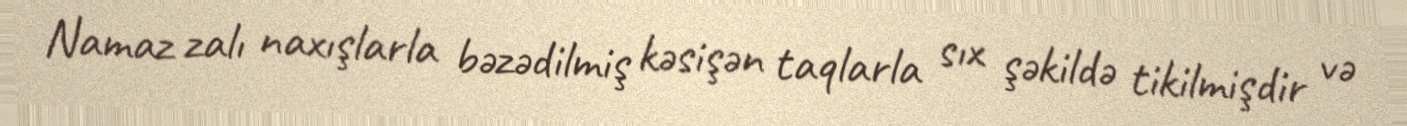
Namaz zalı naxışlarla bəzədilmiş kəsişən taqlarla sıx şəkildə tikilmişdir və